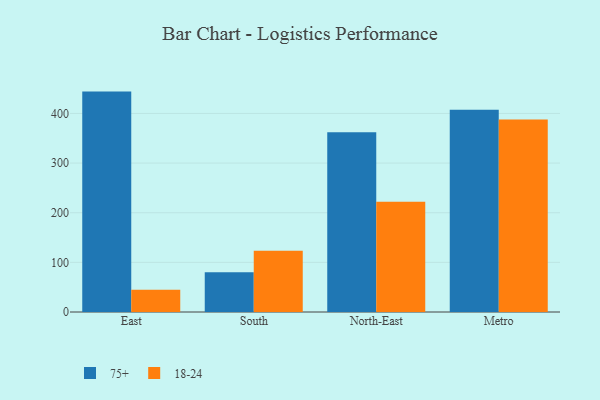
{"axis": {"x": "Region", "y": "Waste Production (Tons)"}, "legend": ["18-24", "75+"], "data": [{"x": "East", "y": 444.0, "type": "75+"}, {"x": "East", "y": 44.8, "type": "18-24"}, {"x": "South", "y": 80.0, "type": "75+"}, {"x": "South", "y": 123.3, "type": "18-24"}, {"x": "North-East", "y": 361.9, "type": "75+"}, {"x": "North-East", "y": 222.0, "type": "18-24"}, {"x": "Metro", "y": 407.3, "type": "75+"}, {"x": "Metro", "y": 388.0, "type": "18-24"}]}